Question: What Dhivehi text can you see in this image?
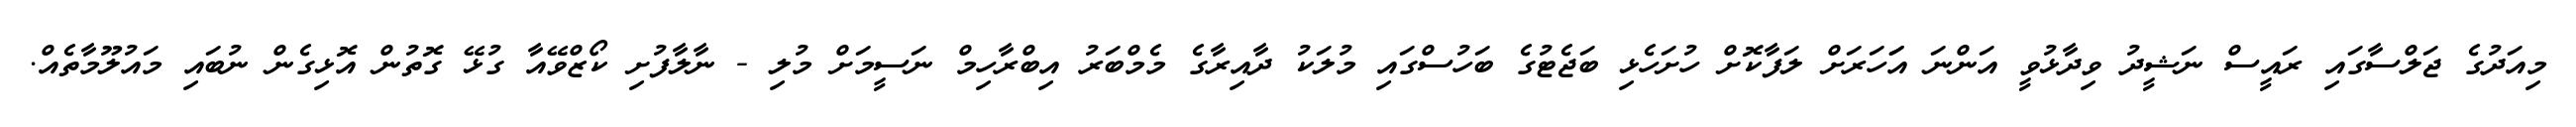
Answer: މިއަދުގެ ޖަލްސާގައި ރައީސް ނަޝީދު ވިދާޅުވީ އަންނަ އަަހަރަށް ލަފާކޮށް ހުށަހެޅި ބަޖެޓުގެ ބަހުސްގައި މުލަކު ދާއިރާގެ މެމްބަރު އިބްރާހިމް ނަސީމަށް މުލި - ނާލާފުށި ކޯޒްވޭއާ ގުޅޭ ގޮތުން އޮޅިގެން ނުބައި މައުލޫމާތެއް.